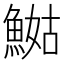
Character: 𲌺